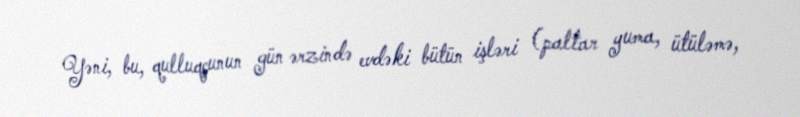
Yəni, bu, qulluqçunun gün ərzində evdəki bütün işləri (paltar yuma, ütüləmə,